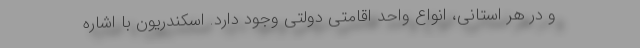
و در هر استانی، انواع واحد اقامتی دولتی وجود دارد. اسکندریون با اشاره